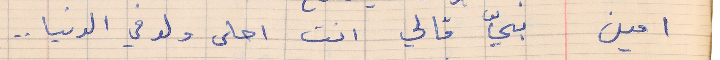
امين      بيّ قالي انت احلى ولد في الدنيا . .